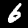
Label: 6